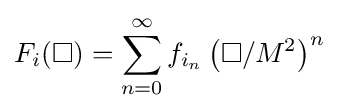
F_{i}(\Box )=\sum _{n=0}^{\infty }f_{i_{n}}\left(\Box /M^{2}\right)^{n}